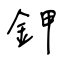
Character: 鉀